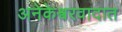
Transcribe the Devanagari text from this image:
अनेकेश्वरवादात